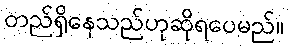
တည်ရှိနေသည်ဟုဆိုရပေမည်။